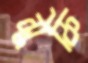
সুফি